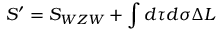
S ^ { \prime } = S _ { W Z W } + \int d \tau d \sigma \Delta { \cal L }